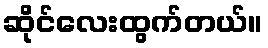
ဆိုင်လေးထွက်တယ်။